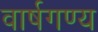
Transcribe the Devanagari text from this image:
वार्षगण्य